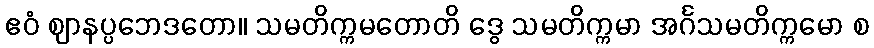
ဧဝံ ဈာနပ္ပဘေဒတော။ သမတိက္ကမတောတိ ဒွေ သမတိက္ကမာ အင်္ဂသမတိက္ကမော စ